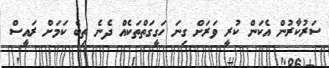
ސަރުކާރުން އެކަން ކުރީ ވަރަށް ގިނަ ހަގީގަތްތަކެއް ދެނެ ތިބެ ކަމަށް ރައީސް